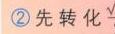
\textcircled{2} 先转化\(^{\vee}\)